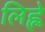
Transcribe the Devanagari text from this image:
लिह्ले